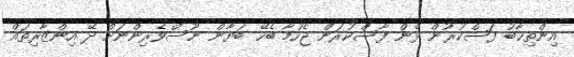
އިންތިޚާބު ފަސްކުރުން ޅެން ފާސްކުރަން ޖެހުމާ ބެހޭ ބަޔާން ނޫސްވެރިންނަށް ދޭ އިންޒާރިތައް